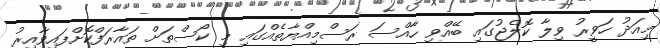
މިއަދު ހަވީރު ވިލާ ކޮލެޖުގައި ބޭއްވި ހާއްސަ ރަސްމިއްޔާތެއްގައި މި ކޯސްތަށް ތައާރަފްކޮށްފައިވާއިރު